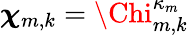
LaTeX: {\boldsymbol{\chi}}_{m,k}={\Chi}_{m,k}^{\kappa_{m}}